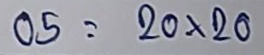
05 = 20 x20